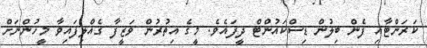
ކަރަންޓާއި ފެން ބިލުން ޑިސްކައުންޓް ދީފައެވެ. މީގެ އިތުރުން ވަޒީފާ ގެއްލިފައިވާ މީހުންނަށް